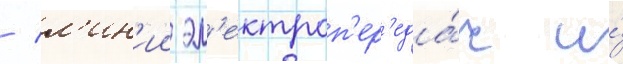
/ л'ин'ии эл'ектроп'ер'еда́ч и́